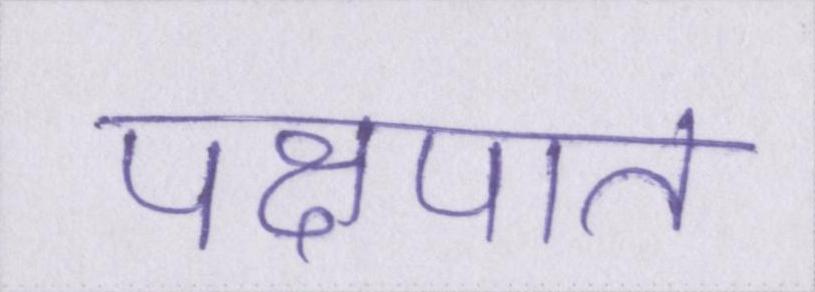
पक्षपात